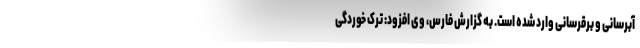
آبرسانی و برقرسانی وارد شده است. به گزارش فارس، وی افزود: ترک خوردگی